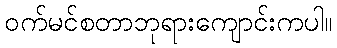
ဝက်မင်စတာဘုရားကျောင်းကပါ။